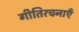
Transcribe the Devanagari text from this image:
गीतिरचनाएँ